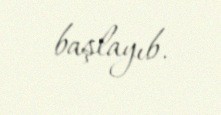
başlayıb.